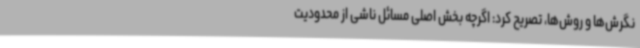
نگرش‌ها و روش‌ها، تصریح کرد: اگرچه بخش اصلی مسائل ناشی از محدودیت